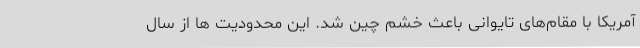
آمریکا با مقام‌های تایوانی باعث خشم چین شد. این محدودیت ها از سال